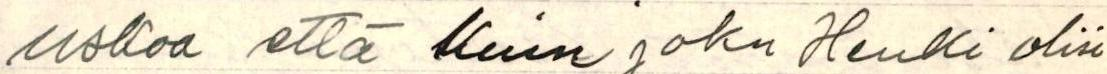
uskoa että kuin joku Henki olisi